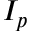
I _ { p }